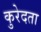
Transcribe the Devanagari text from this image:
कुरेदता